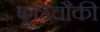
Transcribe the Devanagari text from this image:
फूलचौकी